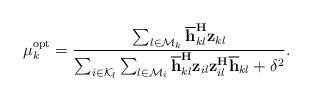
LaTeX: \begin{align*}\mu_k^{\mathrm{opt}}=\frac{\sum_{l\in\mathcal{M}_{k}}\overline{\mathbf{h}}_{kl}^{\mathbf{H}}\mathbf{z}_{kl}}{\sum_{i \in \mathcal{K}_{l}}\sum_{l\in\mathcal{M}_{i}}\overline{\mathbf{h}}_{kl}^{\mathbf{H}}\mathbf{z}_{il}\mathbf{z}_{il}^{\mathbf{H}}\overline{\mathbf{h}}_{kl}+\delta_{}^2}. \end{align*}